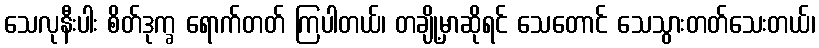
သေလုနီးပါး စိတ်ဒုက္ခ ရောက်တတ် ကြပါတယ်၊ တချို့မှာဆိုရင် သေတောင် သေသွားတတ်သေးတယ်၊